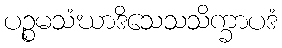
ပဉ္စမသံဃာဒိသေသသိက္ခာပဒံ